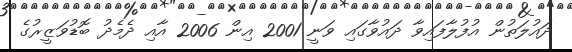
ދައުލަތުން އުފުލާފައިވާ ދައުވާގައި ވަނީ 2001 އިން 2006 އާއި ދެމެދު ބޮޑުވަޒީރުގެ